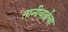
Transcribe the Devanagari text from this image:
तानीबाईंचा